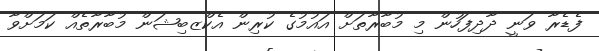
ފެޑެރާ ވަނީ ދާދިފަހުން މި މުބާރާތަށް އައުމުގެ ކުރިން އެކްޒބިޝަން މުބާރާތެއް ކަމަށްވާ